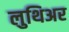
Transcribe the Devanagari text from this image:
लुथिअर